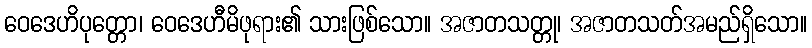
ဝေဒေဟိပုတ္တော၊ ဝေဒေဟီမိဖုရား၏ သားဖြစ်သော။ အဇာတသတ္တု၊ အဇာတသတ်အမည်ရှိသော။